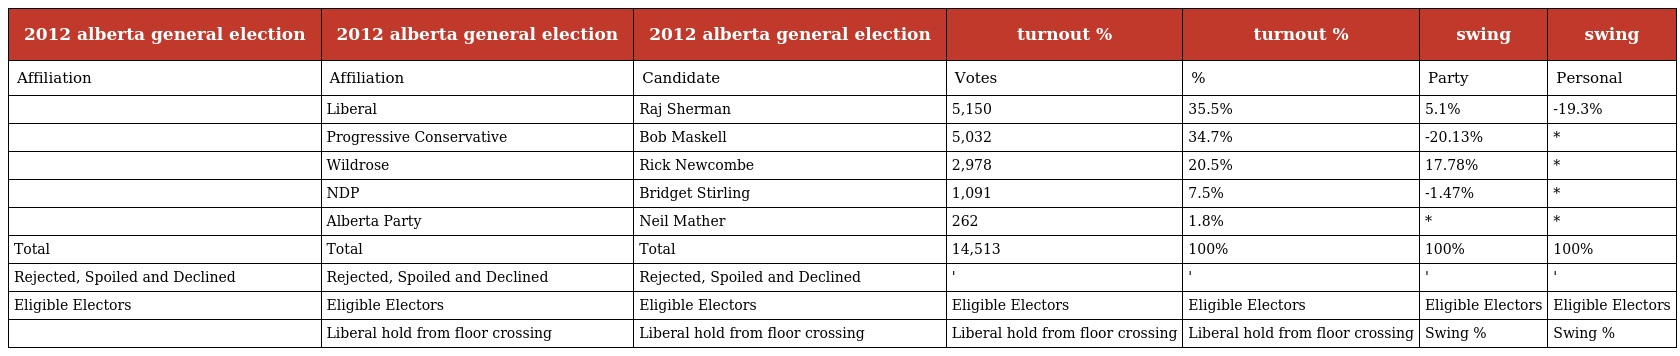
| 2012 alberta general election | 2012 alberta general election | 2012 alberta general election | turnout % | turnout % | swing | swing |
 | --- | --- | --- | --- | --- | --- | --- |
 | Affiliation | Affiliation | Candidate | Votes | % | Party | Personal |
 |  | Liberal | Raj Sherman | 5,150 | 35.5% | 5.1% | -19.3% |
 |  | Progressive Conservative | Bob Maskell | 5,032 | 34.7% | -20.13% | * |
 |  | Wildrose | Rick Newcombe | 2,978 | 20.5% | 17.78% | * |
 |  | NDP | Bridget Stirling | 1,091 | 7.5% | -1.47% | * |
 |  | Alberta Party | Neil Mather | 262 | 1.8% | * | * |
 | Total | Total | Total | 14,513 | 100% | 100% | 100% |
 | Rejected, Spoiled and Declined | Rejected, Spoiled and Declined | Rejected, Spoiled and Declined | ' | ' | ' | ' |
 | Eligible Electors | Eligible Electors | Eligible Electors | Eligible Electors | Eligible Electors | Eligible Electors | Eligible Electors |
 |  | Liberal hold from floor crossing | Liberal hold from floor crossing | Liberal hold from floor crossing | Liberal hold from floor crossing | Swing % | Swing % |